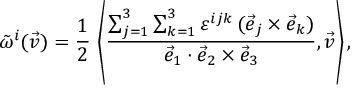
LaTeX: { \tilde { \omega } } ^ { i } ( { \vec { v } } ) = { \frac { 1 } { 2 } } \, \left\langle { \frac { \sum _ { j = 1 } ^ { 3 } \sum _ { k = 1 } ^ { 3 } \varepsilon ^ { i j k } \, ( { \vec { e } } _ { j } \times { \vec { e } } _ { k } ) } { { \vec { e } } _ { 1 } \cdot { \vec { e } } _ { 2 } \times { \vec { e } } _ { 3 } } } , { \vec { v } } \right\rangle ,